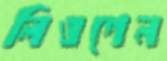
লিওগেন